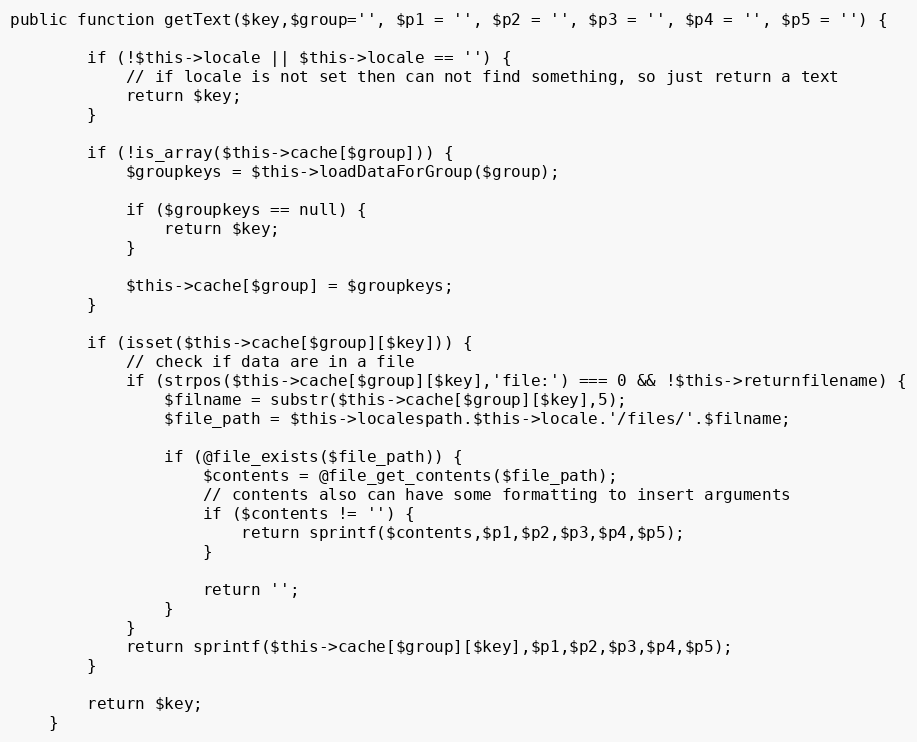
Language: PHP
public function getText($key,$group='', $p1 = '', $p2 = '', $p3 = '', $p4 = '', $p5 = '') {

		if (!$this->locale || $this->locale == '') {
			// if locale is not set then can not find something, so just return a text
			return $key;
		}

		if (!is_array($this->cache[$group])) {
			$groupkeys = $this->loadDataForGroup($group);

			if ($groupkeys == null) {
				return $key;
			}

			$this->cache[$group] = $groupkeys;
		}

		if (isset($this->cache[$group][$key])) {
			// check if data are in a file
			if (strpos($this->cache[$group][$key],'file:') === 0 && !$this->returnfilename) {
				$filname = substr($this->cache[$group][$key],5);
				$file_path = $this->localespath.$this->locale.'/files/'.$filname;

				if (@file_exists($file_path)) {
					$contents = @file_get_contents($file_path);
					// contents also can have some formatting to insert arguments
					if ($contents != '') {
						return sprintf($contents,$p1,$p2,$p3,$p4,$p5);
					}

					return '';
				}
			}
			return sprintf($this->cache[$group][$key],$p1,$p2,$p3,$p4,$p5);
		}

		return $key;
	}